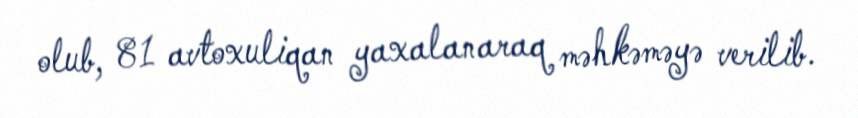
olub, 81 avtoxuliqan yaxalanaraq məhkəməyə verilib.